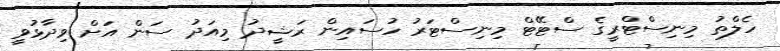
ހެލްތު މިނިސްޓްރީގެ ސްޓޭޓް މިނިސްޓަރު ހުސައިން ރަޝީދު މިއަދު ސަން އަށް ވިދާޅުވީ